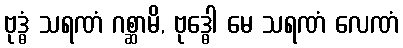
ဗုဒ္ဓံ သရဏံ ဂစ္ဆာမိ, ဗုဒ္ဓေါ မေ သရဏံ လေဏံ